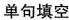
单句填空